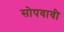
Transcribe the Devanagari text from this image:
सोपवावी